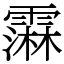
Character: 䨬